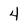
Character: 4